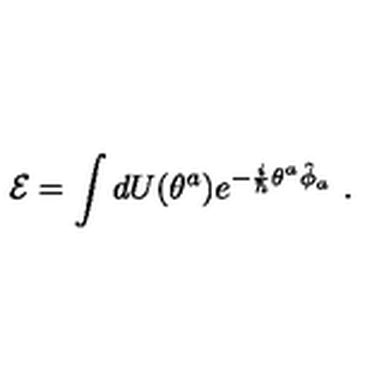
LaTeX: { \cal E } = \int d U ( \theta ^ { a } ) e ^ { - \frac { i } { \hbar } \theta ^ { a } \hat { \phi } _ { a } } \ .